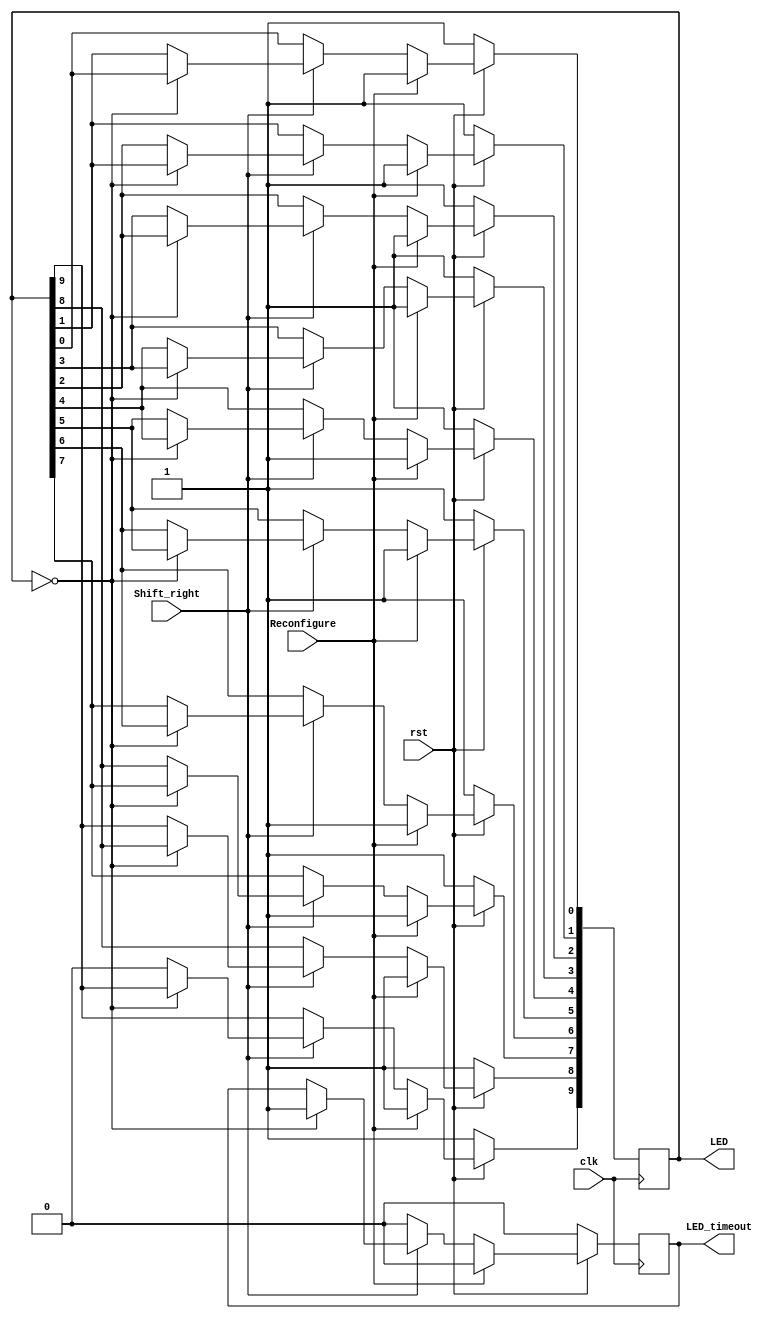
module Shift_right(Reconfigure, Shift_right, LED, LED_timeout, clk, rst);

 

  input Shift_right, Reconfigure;
  input clk, rst;
  output [9:0] LED;
  output LED_timeout;

  reg [9:0] Register;
  reg Data_shift_right = 1'b0;
  reg LED_timeout;


 always @ (posedge clk) begin
   if (rst == 1'b0) begin
       Register <= 10'b1111111111;
       LED_timeout <= 1'b0;
    end
   else begin 
     if (Reconfigure== 1'b1) begin
       Register <= 10'b1111111111;
       LED_timeout <= 1'b0;
     end
     else begin
        if (Shift_right== 1'b1) begin
            if ( Register == 10'b0000000000) begin
               LED_timeout <= 1'b1;      
            end
            else begin
               Register[9] <= Data_shift_right; Register[8] <= Register[9]; Register[7] <= Register[8]; Register[6] <= Register[7]; Register[5] <= Register[6];
               Register[4] <= Register[5]; Register[3] <= Register[4]; Register[2] <= Register[3]; Register[1] <= Register[2]; Register[0] <= Register[1]; 
            end
         end
         else begin
           LED_timeout <= 1'b0;
         end
      end
   end
 end

 assign LED = Register;

endmodule